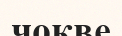
чокве